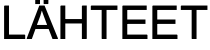
LÄHTEET